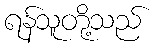
ရန်သူတို့သည်